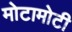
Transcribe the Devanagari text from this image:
मोटामोटी